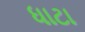
ધાટા